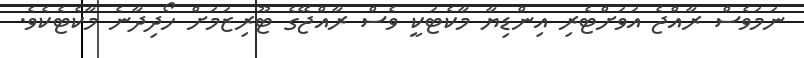
ނަމަވެސް ރާއްޖެ އަވަށްޓެރި އިންޑިޔާ މާކެޓަކީ ވެސް ރާއްޖޭގެ ޓޫރިޒަމަށް ހޯދިދާނެ މާކެޓެކެވެ.